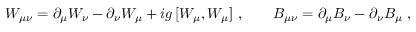
W _ { \mu \nu } = \partial _ { \mu } W _ { \nu } - \partial _ { \nu } W _ { \mu } + i g \, [ W _ { \mu } , W _ { \mu } ] \ , \qquad B _ { \mu \nu } = \partial _ { \mu } B _ { \nu } - \partial _ { \nu } B _ { \mu } \ ,